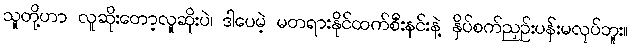
သူတို့ဟာ လူဆိုးတော့လူဆိုးပဲ၊ ဒါပေမဲ့ မတရားနိုင်ထက်စီးနင်းနဲ့ နှိပ်စက်ညှဉ်းပန်းမလုပ်ဘူး။